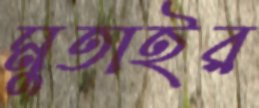
মুতাইর